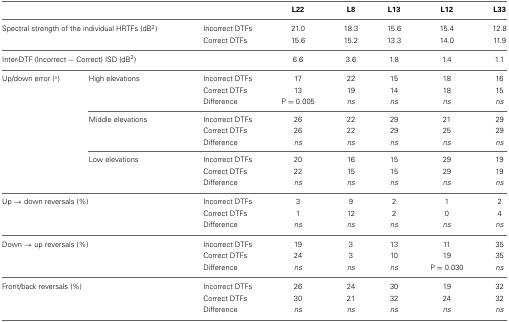
<table><thead><tr><td colspan="3"></td><td><b>L22</b></td><td><b>L8</b></td><td><b>L13</b></td><td><b>L12</b></td><td><b>L33</b></td></tr></thead><tbody><tr><td colspan="2">Spectral strength of the individual HRTFs (dB<sup>2</sup>)</td><td>Incorrect DTFs</td><td>21.0</td><td>18.3</td><td>15.6</td><td>15.4</td><td>12.8</td></tr><tr><td colspan="2"></td><td>Correct DTFs</td><td>15.6</td><td>15.2</td><td>13.3</td><td>14.0</td><td>11.9</td></tr><tr><td colspan="2">Inter-DTF (Incorrect − Correct) ISD (dB<sup>2</sup>)</td><td></td><td>6.6</td><td>3.6</td><td>1.8</td><td>1.4</td><td>1.1</td></tr><tr><td>Up/down error (°)</td><td>High elevations</td><td>Incorrect DTFs</td><td>17</td><td>22</td><td>15</td><td>18</td><td>16</td></tr><tr><td></td><td></td><td>Correct DTFs</td><td>13</td><td>19</td><td>14</td><td>18</td><td>15</td></tr><tr><td></td><td></td><td>Difference</td><td>P = 0.005</td><td><i>ns</i></td><td><i>ns</i></td><td><i>ns</i></td><td><i>ns</i></td></tr><tr><td></td><td>Middle elevations</td><td>Incorrect DTFs</td><td>26</td><td>22</td><td>29</td><td>21</td><td>29</td></tr><tr><td></td><td></td><td>Correct DTFs</td><td>26</td><td>22</td><td>29</td><td>25</td><td>29</td></tr><tr><td></td><td></td><td>Difference</td><td><i>ns</i></td><td><i>ns</i></td><td><i>ns</i></td><td><i>ns</i></td><td><i>ns</i></td></tr><tr><td></td><td>Low elevations</td><td>Incorrect DTFs</td><td>20</td><td>16</td><td>15</td><td>29</td><td>19</td></tr><tr><td></td><td></td><td>Correct DTFs</td><td>22</td><td>15</td><td>15</td><td>29</td><td>19</td></tr><tr><td></td><td></td><td>Difference</td><td><i>ns</i></td><td><i>ns</i></td><td><i>ns</i></td><td><i>ns</i></td><td><i>ns</i></td></tr><tr><td colspan="2">Up → down reversals (%)</td><td>Incorrect DTFs</td><td>3</td><td>9</td><td>2</td><td>1</td><td>2</td></tr><tr><td colspan="2"></td><td>Correct DTFs</td><td>1</td><td>12</td><td>2</td><td>0</td><td>4</td></tr><tr><td colspan="2"></td><td>Difference</td><td><i>ns</i></td><td><i>ns</i></td><td><i>ns</i></td><td><i>ns</i></td><td><i>ns</i></td></tr><tr><td colspan="2">Down → up reversals (%)</td><td>Incorrect DTFs</td><td>19</td><td>3</td><td>13</td><td>11</td><td>35</td></tr><tr><td colspan="2"></td><td>Correct DTFs</td><td>24</td><td>3</td><td>10</td><td>19</td><td>35</td></tr><tr><td colspan="2"></td><td>Difference</td><td><i>ns</i></td><td><i>ns</i></td><td><i>ns</i></td><td>P = 0.030</td><td><i>ns</i></td></tr><tr><td colspan="2">Front/back reversals (%)</td><td>Incorrect DTFs</td><td>26</td><td>24</td><td>30</td><td>19</td><td>32</td></tr><tr><td colspan="2"></td><td>Correct DTFs</td><td>30</td><td>21</td><td>32</td><td>24</td><td>32</td></tr><tr><td colspan="2"></td><td>Difference</td><td><i>ns</i></td><td><i>ns</i></td><td><i>ns</i></td><td><i>ns</i></td><td><i>ns</i></td></tr></tbody></table>